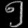
Digit: ၅